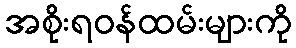
အစိုးရဝန်ထမ်းများကို